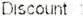
DISCOUNT :